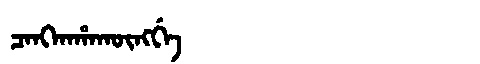
Manchu: ᠴᠠᠩᡴᠠᡥᠠᡴᡡᠩᡤᡝ
Romanization: CANGKAHAKŪNGGE